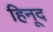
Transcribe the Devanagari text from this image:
हिनूद